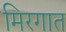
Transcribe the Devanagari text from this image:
मिरगात